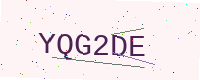
Text: YQG2DE